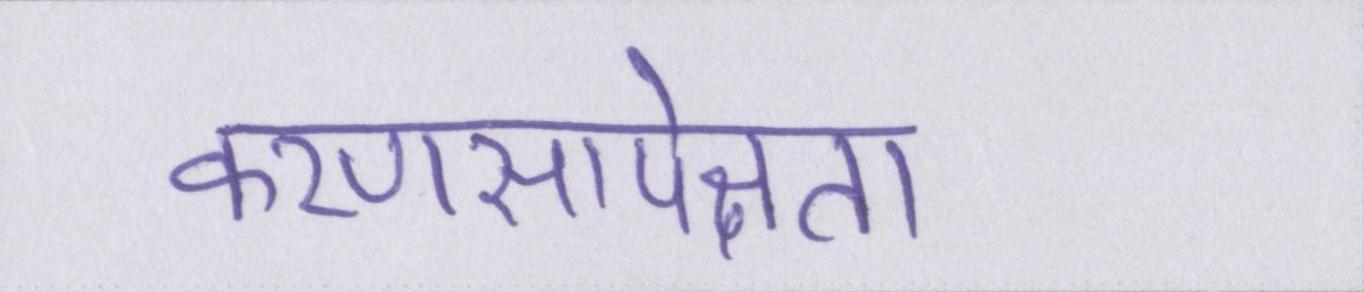
करणसापेक्षता